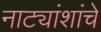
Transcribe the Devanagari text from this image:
नाट्यांशांचे